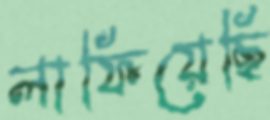
লাফিয়েছি